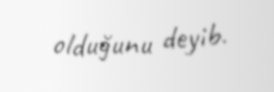
olduğunu deyib.